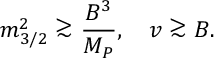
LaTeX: m _ { 3 / 2 } ^ { 2 } \stackrel { _ { \textstyle > } } { _ { \displaystyle \sim } } \frac { B ^ { 3 } } { M _ { P } } , \quad v \stackrel { _ { \textstyle > } } { _ { \displaystyle \sim } } B .